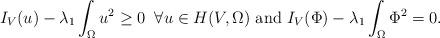
LaTeX: \begin{align*} I_V(u) -\lambda_1 \int_{\Omega} u^2 \geq 0 \; \; \forall u \in H(V,\Omega) \hbox{ and } I_V(\Phi) -\lambda_1 \int_{\Omega} \Phi^2 = 0. \end{align*}